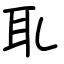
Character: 耴